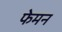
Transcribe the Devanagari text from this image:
फेमन